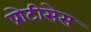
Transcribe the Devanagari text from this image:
प्रोटीसेस